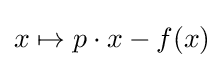
x\mapsto p\cdot x-f(x)